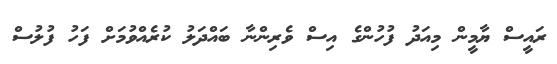
ރައީސް ޔާމީން މިއަދު ފުުހުންގެ އިސް ވެރިންނާ ބައްދަލު ކުރެއްވުމަށް ފަހު ފުލުސް